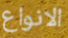
الانواع